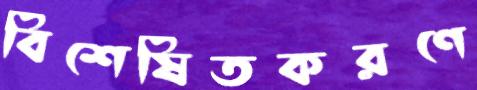
বিশেষিতকরণে